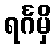
ရင်္ဂမှိ